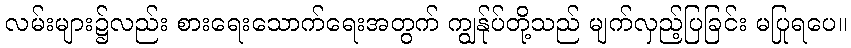
လမ်းများ၌လည်း စားရေးသောက်ရေးအတွက် ကျွန်ုပ်တို့သည် မျက်လှည့်ပြခြင်း မပြုရပေ။